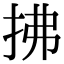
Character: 拂